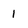
Character: 1